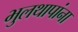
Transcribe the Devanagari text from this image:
भुलथापांना